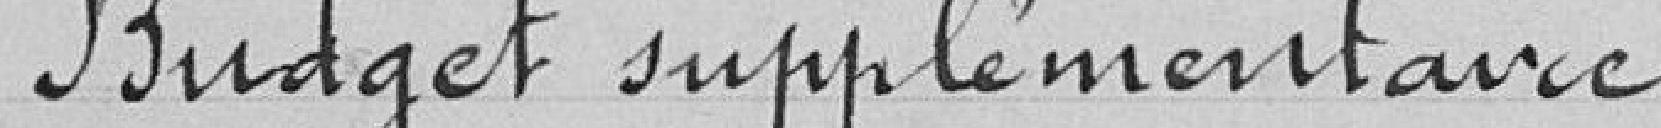
Budget supplémentaire